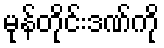
မုန်တိုင်းဒဏ်ကို